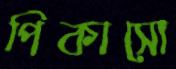
পিকাসো